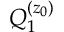
Q _ { 1 } ^ { ( z _ { 0 } ) }